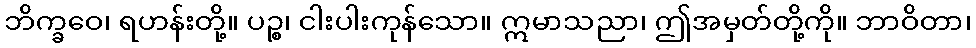
ဘိက္ခဝေ၊ ရဟန်းတို့။ ပဉ္စ၊ ငါးပါးကုန်သော။ ဣမာသညာ၊ ဤအမှတ်တို့ကို။ ဘာဝိတာ၊